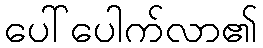
ပေါ်ပေါက်လာ၏